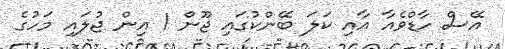
އޭސް ހާޑްވެއާ އާއި ކަލަ ބޭންކުގައި ޖޫން 1 އިން ޖުލައި މަހުގެ